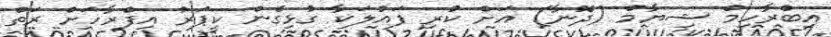
އިބްރާހިމް ޝިޔާމް (ދޮނާ) އަށް ކުރި ފައުލަކާ ގުޅިގެން ކީޕަރު އިފްރާހަށް ރަތް